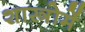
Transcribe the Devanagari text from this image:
शास्त्रोमें